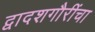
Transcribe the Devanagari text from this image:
द्वादशगौरींचा